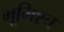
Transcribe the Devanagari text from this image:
भूमिश्च